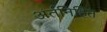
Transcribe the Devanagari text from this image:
अंर्तनिहित